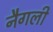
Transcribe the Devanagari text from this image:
नैगली